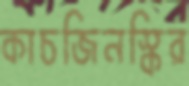
কাচজিনস্কির